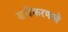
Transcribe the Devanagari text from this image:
शुद्दिकरणाचे